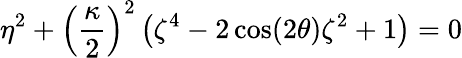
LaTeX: \eta^{2}+\left(\frac{\kappa}{2}\right)^{2}\left(\zeta^{4}-2\cos(2\theta)\zeta^{2}+1\right)=0